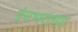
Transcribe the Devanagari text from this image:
इंचभराच्या